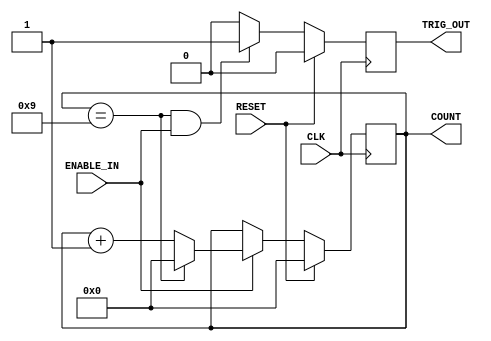
`timescale 1ns / 1ps
//////////////////////////////////////////////////////////////////////////////////
// Company: 
// Engineer: 
// 
// Design Name: 
// Module Name: Counter
// Project Name: 
// Target Devices: 
// Tool Versions: 
// Description: 
// 
// Dependencies: 
// 
// Revision:
// Revision 0.01 - File Created
// Additional Comments:
// 
//////////////////////////////////////////////////////////////////////////////////


module Counter(
    CLK,
    RESET,
    ENABLE_IN,
    TRIG_OUT,
    COUNT
    );
    
    parameter COUNTER_WIDTH = 4;
    parameter COUNTER_MAX = 9;
    
    input CLK;
    input RESET;
    input ENABLE_IN;
    output TRIG_OUT;
    output [COUNTER_WIDTH-1:0] COUNT;
    
    reg [COUNTER_WIDTH-1:0] count_value;
    reg trigger_out;
    
    always@(posedge CLK)begin
        if(RESET)
            count_value <= 0;
        else begin
            if(ENABLE_IN) begin
                if(count_value == COUNTER_MAX)
                    count_value <=0;
                else 
                    count_value <= count_value + 1;
            end
        end
    end
    
    always@(posedge CLK)begin
        if(RESET)
            trigger_out <= 0;
        else begin
            if((count_value == COUNTER_MAX) && ENABLE_IN)
                trigger_out <= 1;
            else
                trigger_out <= 0;
        end
    end
    
    assign COUNT = count_value;
    assign TRIG_OUT = trigger_out;
    
endmodule